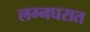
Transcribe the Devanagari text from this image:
लग्नघरात